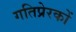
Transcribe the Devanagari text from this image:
गतिप्रेरकों